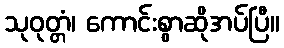
သုဝုတ္တံ၊ ကောင်းစွာဆိုအပ်ပြီ။